Indian journal of veterinary science and animal husbandry - Volume 6,
Year: 1936
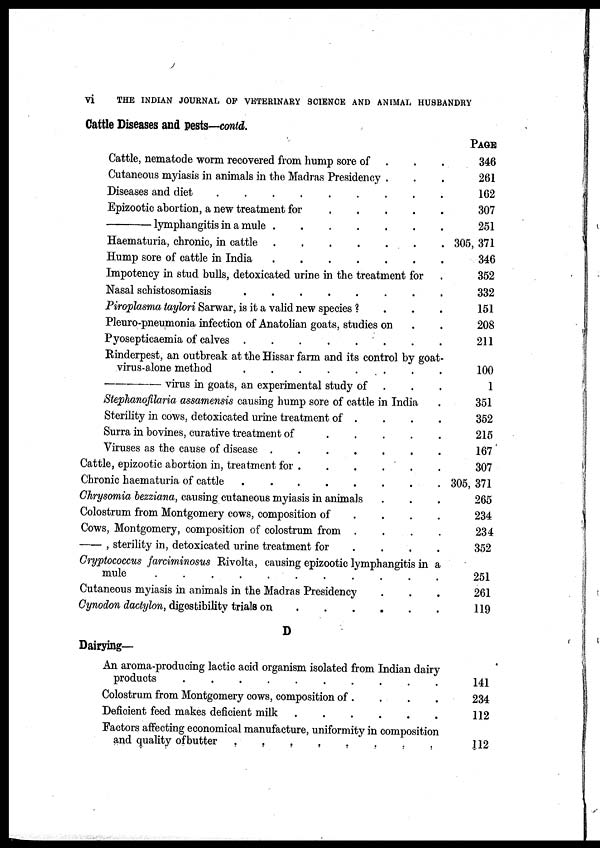
vi
THE INDIAN JOURNAL OF VETERINARY SCIENCE AND ANIMAL HUSBANDRY
Cattle Diseases and pests—contd.
Cattle, nematode worm recovered from hump sore of
. . .
Cutaneous myiasis in animals in the Madras Presidency . . .
Diseases and diet
.........
Epizootic abortion, a new treatment for
—lymphangitis
in a mule
.......
Haematuria, chronic, in cattle
.......
Hump sore of cattle in India
Impotency in stud bulls, detoxicated urine in the treatment for .
Nasal schistosomiasis
........
Piroplasma taylori Sarwar, is it a valid new species ?
.
.
.
Pleuro-pneumonia infection of Anatolian goats, studies on . . .
Pyosepticaemia of calves
Rinderpest, an outbreak at the Hissar farm and its control by goat-
virus-alone method
.
.
.
.
. . .
—virus
in goats, an experimental study of . . .
Stephanofilaria assamensis causing hump sore of cattle in India .
Sterility in cows, detoxicated urine treatment of . . . .
Surra in bovines, curative treatment of
.
.
.
.
.
Viruses as the cause of disease .
.
.
.
.
.
.
Cattle, epizootic abortion in, treatment for .
.
.
.
.
Chronic haematuria of cattle
Chrysomia bezziana, causing cutaneous myiasis in animals . . .
Colostrum from Montgomery cows, composition of
.
.
.
.
Cows, Montgomery, composition of colostrum from .
.
.
.
—,
sterility in, detoxicated urine treatment for . . . .
Cryptococcus farciminosus Rivolta, causing epizootic lymphangitis in a
mule
.
.
.
.
.
.
.
.
.
.
.
Cutaneous myiasis in animals in the Madras Presidency . . .
Cynodon dactylon, digestibility trials on
D
Dairying—
An aroma-producing lactic acid organism isolated from Indian dairy
products
..........
Colostrum from Montgomery cows, composition of . . . .
Deficient feed makes deficient milk
Factors affecting economical manufacture, uniformity in composition
and quality of butter
........
PAGE
346
261
162
307
251
305, 371
346
352
332
151
208
211
100
1
351
352
215
167
307
305, 371
265
234
234
352
251
261
119
141
234
112
112